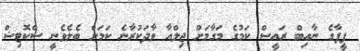
ފީފާގެ ނާއިބް ރައީސް ކަމުގެ މަގާމަށް ޖިލްއާ ވާދަކުރާނެ ކަމަށް ބެލެވެނީ ސްކޮޓިޝް